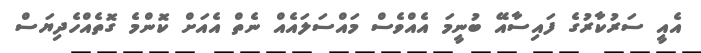
އެއީ ސަރުކާރުގެ ފައިސާއޭ ބުނީމަ އެއްވެސް މައްސަލައެއް ނެތް އެއަށް ކޮންމެ ގޮތެއްހެދިޔަސް